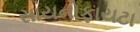
સાયનોફાયટા